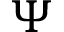
\Psi